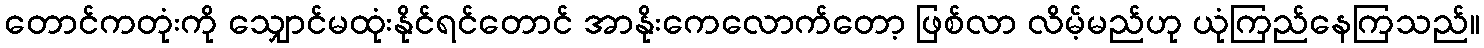
တောင်ကတုံးကို သျှောင်မထုံးနိုင်ရင်တောင် အာနိုးကေလောက်တော့ ဖြစ်လာ လိမ့်မည်ဟု ယုံကြည်နေကြသည်။